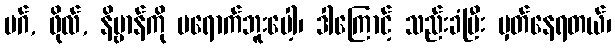
မဂ်, ဖိုလ်, နိဗ္ဗာန်ကို မရောက်ဘူးပေါ့၊ ဒါကြောင့် သည်းခံပြီး မှတ်နေရတယ်၊